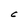
Character: C